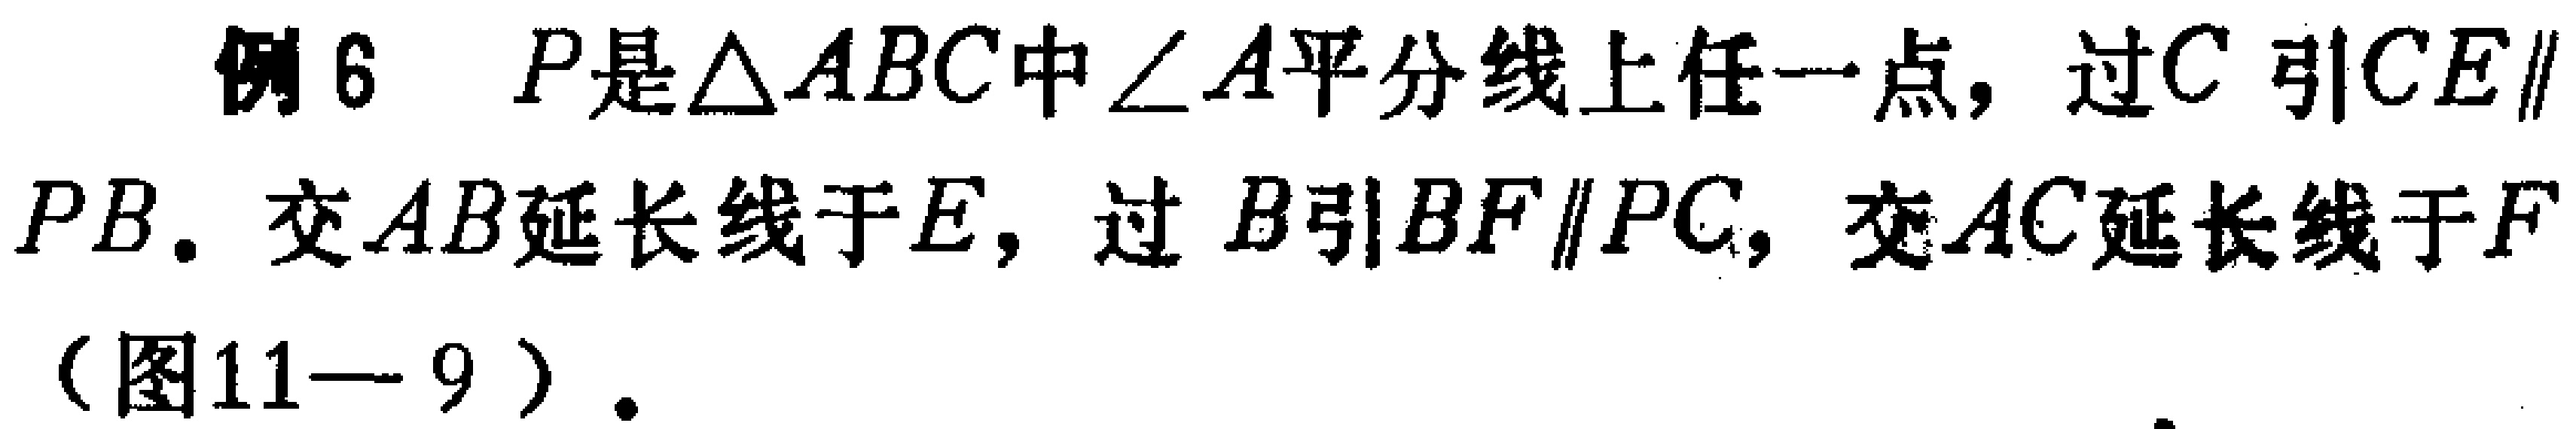
例6 \(P\)是\(\triangle ABC\)中\(\angle A\)平分线上任一点，过\(C\)引\(CE\parallel PB\)，交\(AB\)延长线于\(E\)，过\(B\)引\(BF\parallel PC\)，交\(AC\)延长线于\(F\)（图11—9）.